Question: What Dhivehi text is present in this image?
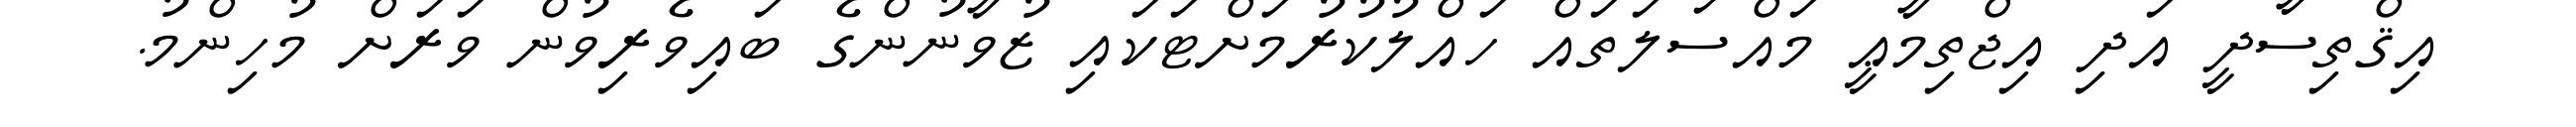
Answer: އިޤްތިސާދީ އަދި އިޖްތިމާޢީ މައްސަލަތައް ހައްލުކުރުމަށްޓަކައި ޒުވާނުންގެ ބައިވެރިވުން ވަރަށް މުހިންމު.